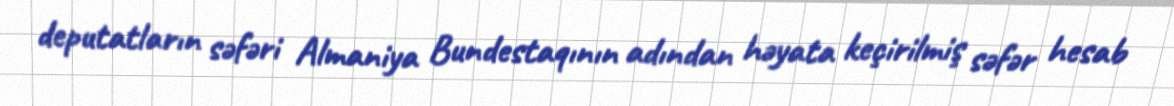
deputatların səfəri Almaniya Bundestaqının adından həyata keçirilmiş səfər hesab